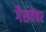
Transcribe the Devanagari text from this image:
गैसचेंबर